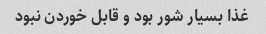
غذا بسیار شور بود و قابل خوردن نبود